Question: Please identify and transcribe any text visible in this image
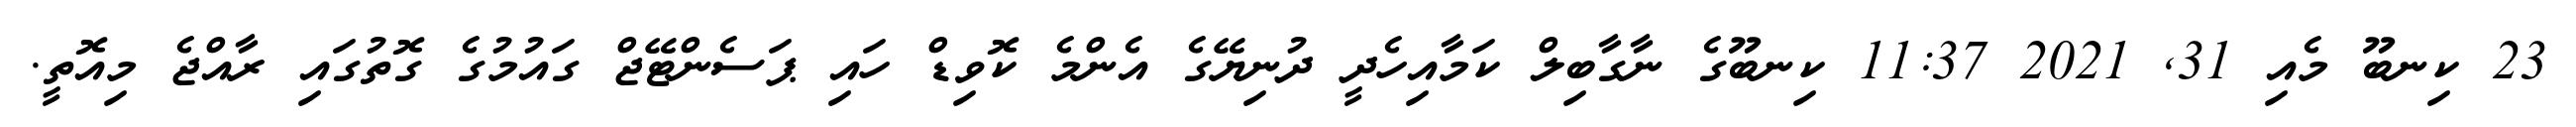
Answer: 23 ކިނބޫ މެއި 31, 2021 11:37 ކިނބޫގެ ނާގާބިލް ކަމާއިހެދީ ދުނިޔޭގެ އެންމެ ކޮވިޑް ހައި ޕަސެންޓޭޖް ގައުމުގެ ގޮތުގައި ރާއްޖެ މިއޮތީ.